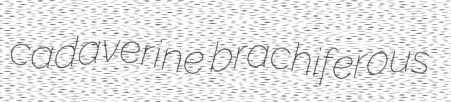
cadaverine brachiferous